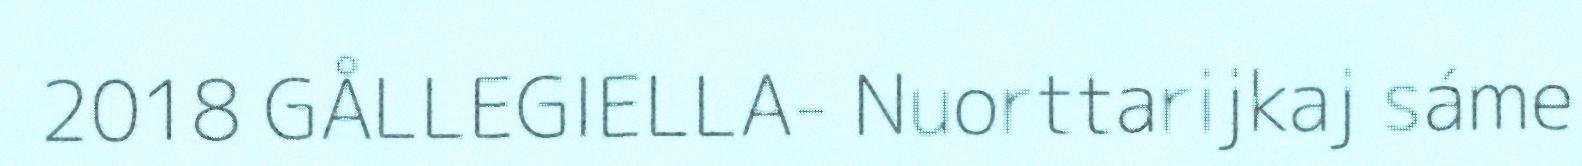
2018 GÅLLEGIELLA- Nuorttarijkaj sáme